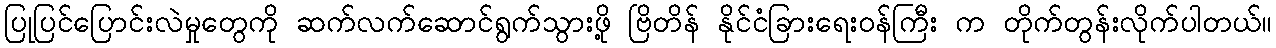
ပြုပြင်ပြောင်းလဲမှုတွေကို ဆက်လက်ဆောင်ရွက်သွားဖို့ ဗြိတိန် နိုင်ငံခြားရေးဝန်ကြီး က တိုက်တွန်းလိုက်ပါတယ်။